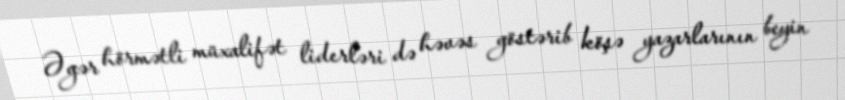
Əgər hörmətli müxalifət liderləri də həvəs göstərib köşə yazarlarının beyin